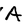
Character: A